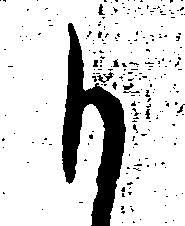
も